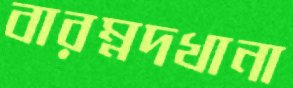
বারম্নদখানা